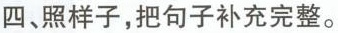
四、照样子，把句子补充完整。